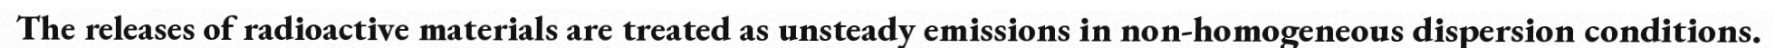
The releases of radioactive materials are treated as unsteady emissions in non-homogeneous dispersion conditions.